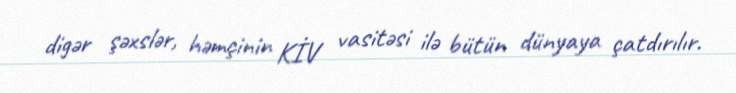
digər şəxslər, həmçinin KİV vasitəsi ilə bütün dünyaya çatdırılır.